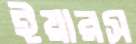
ইয়ারস